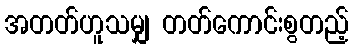
အတတ်ဟူသမျှ တတ်ကောင်းစွတည့်